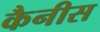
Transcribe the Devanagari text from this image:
कैनीस